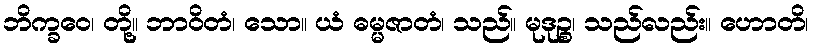
ဘိက္ခဝေ၊ တို့။ ဘာဝိတံ၊ သော။ ယံ ဓမ္မဇာတံ၊ သည်။ မုဒုဉ္စ၊ သည်လည်း။ ဟောတိ၊